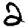
Digit: 2